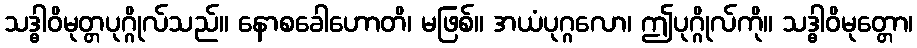
သဒ္ဓါဝိမုတ္တပုဂ္ဂိုလ်သည်။ နောစခေါဟောတိ၊ မဖြစ်။ အယံပုဂ္ဂလော၊ ဤပုဂ္ဂိုလ်ကို။ သဒ္ဓါဝိမုတ္တော၊